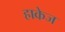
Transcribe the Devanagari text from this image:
हाकेज